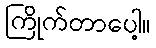
ကြိုက်တာပေါ့။